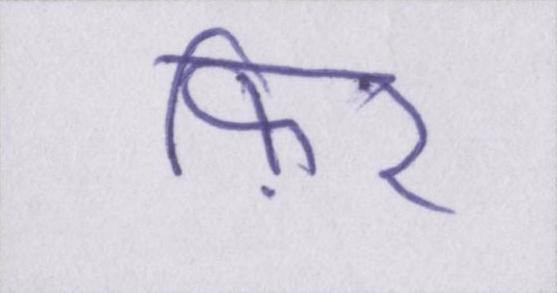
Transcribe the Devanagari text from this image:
फ़िर